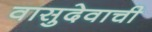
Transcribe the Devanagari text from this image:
वासुदेवाची